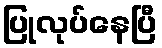
ပြုလုပ်နေပြီ